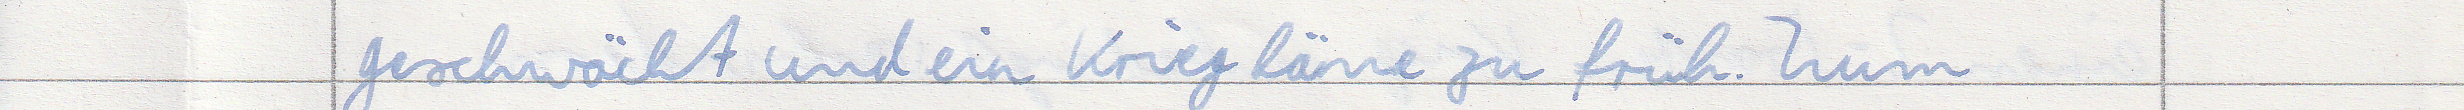
geschwächt und ein Krieg käme zu früh. Zum